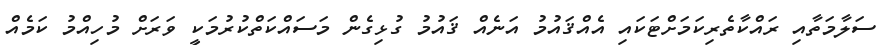
ސަލާމަތާއި ރައްކާތެރިކަމަށްޓަކައި އެއްޤައުމު އަނެއް ޤައުމު ގުޅިގެން މަސައްކަތްކުރުމަކީ ވަރަށް މުހިއްމު ކަމެއް